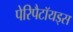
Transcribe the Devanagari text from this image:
पेरिपैटॉयड्स